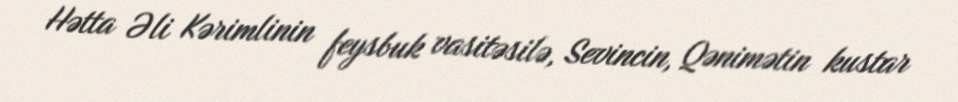
Hətta Əli Kərimlinin feysbuk vasitəsilə, Sevincin, Qənimətin kustar